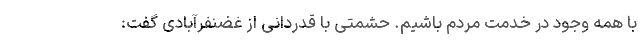
با همه وجود در خدمت مردم باشیم. حشمتی با قدردانی از غضنفرآبادی گفت: